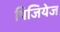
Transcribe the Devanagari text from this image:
पिजियेज